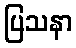
ပြသနာ